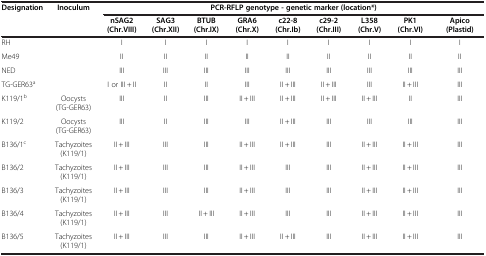
| <ROWSPAN=2> Designation | <ROWSPAN=2> Inoculum | <COLSPAN=9> PCR-RFLP genotype - genetic marker (location*) |
 | nSAG2 (Chr.VIII) | SAG3 (Chr.XII) | BTUB (Chr.IX) | GRA6 (Chr.X) | c22-8 (Chr.Ib) | c29-2 (Chr.III) | L358 (Chr.V) | PK1 (Chr.VI) | Apico (Plastid) |
 | --- | --- | --- | --- | --- | --- | --- | --- | --- | --- | --- |
 | RH |  | I | I | I | I | I | I | I | I | I |
 | Me49 |  | II | II | II | II | II | II | II | II | II |
 | NED |  | III | III | III | III | III | III | III | III | III |
 | TG-GER63a |  | I or III + II | II | II | III | II + III | II + III | III | II + III | III |
 | K119/1b | Oocysts (TG-GER63) | III | II | III | II + III | II + III | II + III | II + III | II | III |
 | K119/2 | Oocysts (TG-GER63) | III | II | III | III | II + III | III | III | III | III |
 | B136/1c | Tachyzoites (K119/1) | II + III | III | III | II + III | II + III | III | II + III | II + III | III |
 | B136/2 | Tachyzoites (K119/1) | II + III | III | III | II + III | III | III | II + III | II + III | III |
 | B136/3 | Tachyzoites (K119/1) | II + III | III | III | II + III | III | III | II + III | II + III | III |
 | B136/4 | Tachyzoites (K119/1) | II + III | III | II + III | II + III | III | III | II + III | II + III | III |
 | B136/5 | Tachyzoites (K119/1) | II + III | III | III | II + III | II + III | III | II + III | II + III | III |